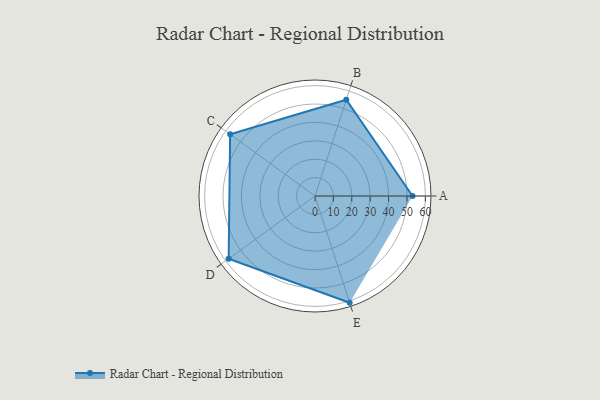
{"axis": {"x": "Skill", "y": "Score"}, "legend": ["Profile"], "data": [{"x": "A", "y": 53.0, "type": "Profile"}, {"x": "B", "y": 55.0, "type": "Profile"}, {"x": "C", "y": 57.0, "type": "Profile"}, {"x": "D", "y": 58.0, "type": "Profile"}, {"x": "E", "y": 61.0, "type": "Profile"}]}